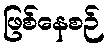
ဖြစ်နေစဉ်